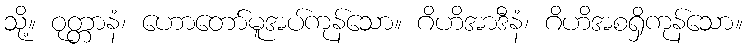
သို့။ ဝုတ္တာနံ၊ ဟောတော်မူအပ်ကုန်သော။ ဂိဟိအာဒီနံ၊ ဂိဟိအစရှိကုန်သော။